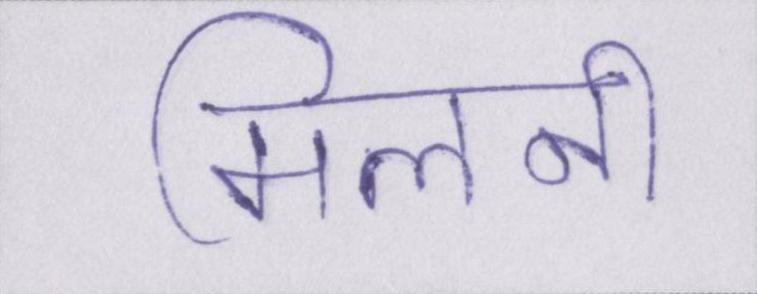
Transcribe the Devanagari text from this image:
मिलनी